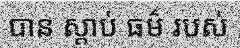
បាន ស្តាប់ ធម៌ របស់